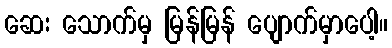
ဆေး သောက်မှ မြန်မြန် ပျောက်မှာပေါ့။